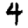
Digit: 4